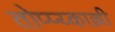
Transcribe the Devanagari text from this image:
तोप्प्य्काल्ली